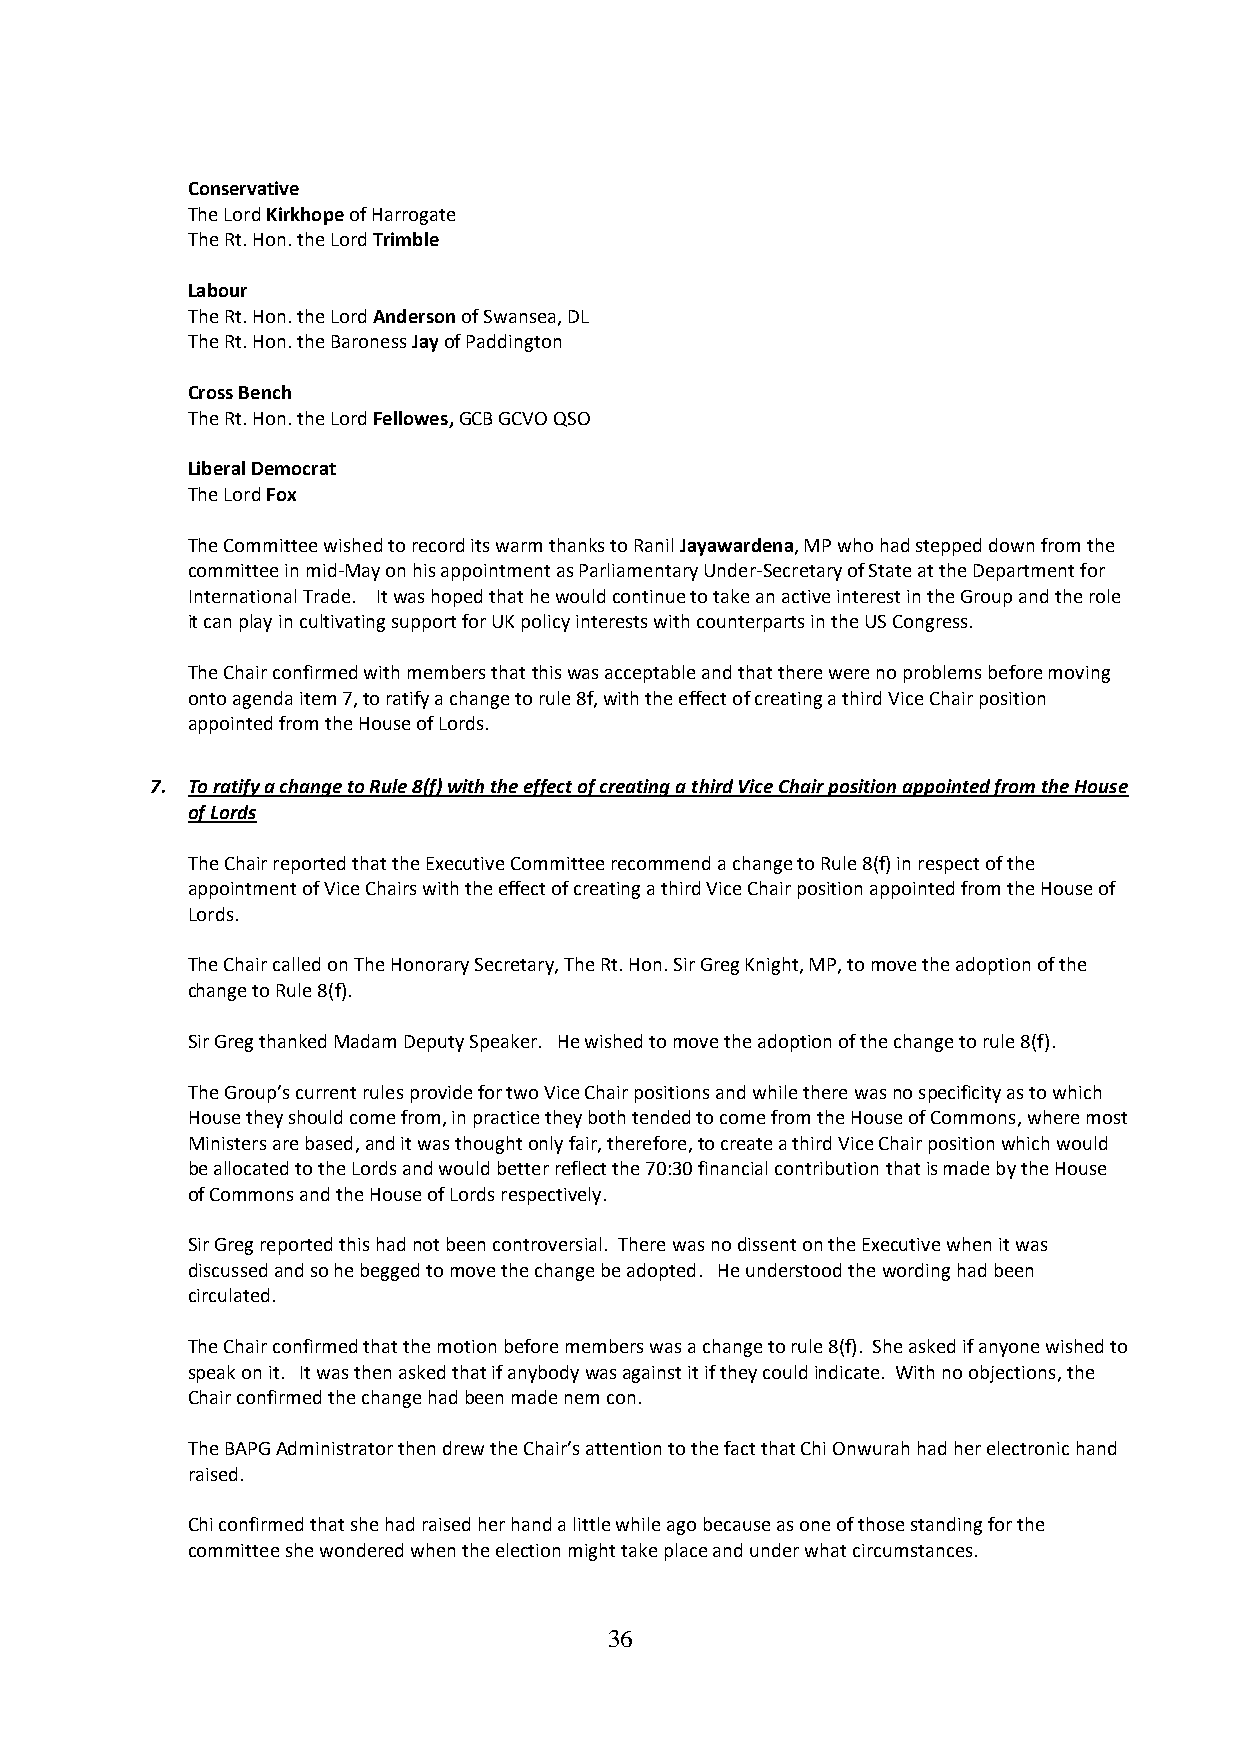
Conservative
 The Lord Kirkhope of Harrogate
 The Rt. Hon. the Lord Trimble
 Labour
 The Rt. Hon. the Lord Anderson of Swansea, DL
 The Rt. Hon. the Baroness Jay of Paddington
 Cross Bench
 The Rt. Hon. the Lord Fellowes, GCB GCVO QSO
 Liberal Democrat
 The Lord Fox
 The Committee wished to record its warm thanks to Ranil Jayawardena, MP who had stepped down from the
 committee in mid-May on his appointment as Parliamentary Under-Secretary of State at the Department for
 International Trade. It was hoped that he would continue to take an active interest in the Group and the role
 it can play in cultivating support for UK policy interests with counterparts in the US Congress.
 The Chair confirmed with members that this was acceptable and that there were no problems before moving
 onto agenda item 7, to ratify a change to rule 8f, with the effect of creating a third Vice Chair position
 appointed from the House of Lords.
 7. To ratify a change to Rule 8(f) with the effect of creating a third Vice Chair position appointed from the House
 of Lords
 The Chair reported that the Executive Committee recommend a change to Rule 8(f) in respect of the
 appointment of Vice Chairs with the effect of creating a third Vice Chair position appointed from the House of
 Lords.
 The Chair called on The Honorary Secretary, The Rt. Hon. Sir Greg Knight, MP, to move the adoption of the
 change to Rule 8(f).
 Sir Greg thanked Madam Deputy Speaker. He wished to move the adoption of the change to rule 8(f).
 The Group’s current rules provide for two Vice Chair positions and while there was no specificity as to which
 House they should come from, in practice they both tended to come from the House of Commons, where most
 Ministers are based, and it was thought only fair, therefore, to create a third Vice Chair position which would
 be allocated to the Lords and would better reflect the 70:30 financial contribution that is made by the House
 of Commons and the House of Lords respectively.
 Sir Greg reported this had not been controversial. There was no dissent on the Executive when it was
 discussed and so he begged to move the change be adopted. He understood the wording had been
 circulated.
 The Chair confirmed that the motion before members was a change to rule 8(f). She asked if anyone wished to
 speak on it. It was then asked that if anybody was against it if they could indicate. With no objections, the
 Chair confirmed the change had been made nem con.
 The BAPG Administrator then drew the Chair’s attention to the fact that Chi Onwurah had her electronic hand
 raised.
 Chi confirmed that she had raised her hand a little while ago because as one of those standing for the
 committee she wondered when the election might take place and under what circumstances.
 36